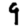
Digit: 9